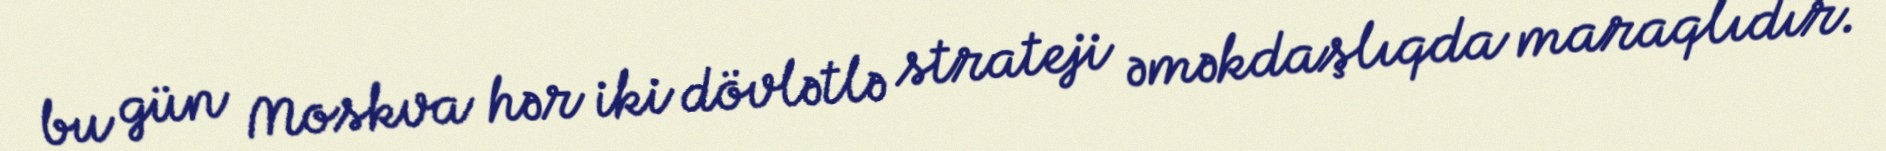
bu gün Moskva hər iki dövlətlə strateji əməkdaşlıqda maraqlıdır.